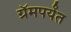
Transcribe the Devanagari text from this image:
ग्रॅमपर्यंत